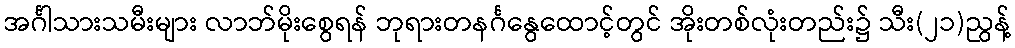
အင်္ဂါသားသမီးများ လာဘ်မိုးစွေရန် ဘုရားတနင်္ဂနွေထောင့်တွင် အိုးတစ်လုံးတည်း၌ သီး(၂၁)ညွန့်